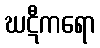
ဃဋီကရော